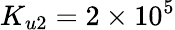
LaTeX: K_{u2}=2\times 10^{5}